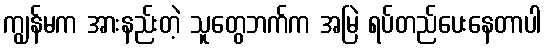
ကျွန်မက အားနည်းတဲ့ သူတွေဘက်က အမြဲ ရပ်တည်ပေးနေတာပါ